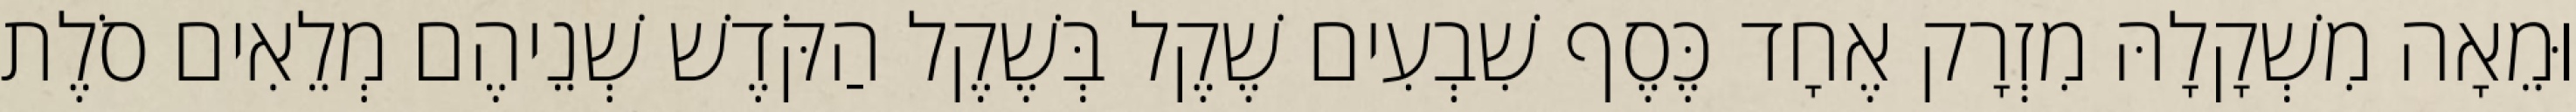
וּמֵאָה מִשְׁקָלָהּ מִזְרָק אֶחָד כֶּסֶף שִׁבְעִים שֶׁקֶל בְּשֶׁקֶל הַקֹּדֶשׁ שְׁנֵיהֶם מְלֵאִים סֹלֶת